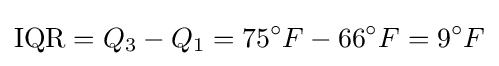
{\text{IQR}}=Q_{3}-Q_{1}=75^{\circ }F-66^{\circ }F=9^{\circ }F